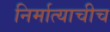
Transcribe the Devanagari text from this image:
निर्मात्याचीच